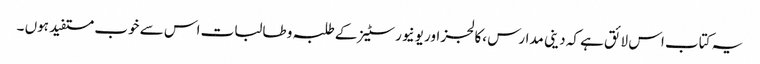
یہ کتاب اس لائق ہے کہ دینی مدارس ،کالجز اور یونیورسٹیز کے طلبہ و طالبات اس سے خوب مستفید ہوں ۔